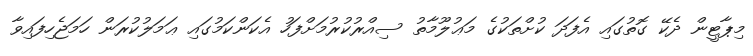
މިޕާޓީން ދެކޭ ގޮތުގައި އެފަދަ ކުށްތަކުގެ މަޢުލޫމާތު ސިއްރުކުރުމަށްފަހު އެކަންކަމުގައި ޢަމަލުކުރަން ހަމަޖެހިފައިވާ